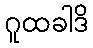
ဂူထခါဒိ